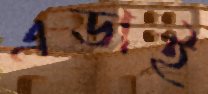
এডাই